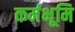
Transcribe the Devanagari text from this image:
कर्मभूमि